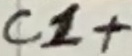
Text: C1+